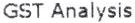
GST ANALYSIS